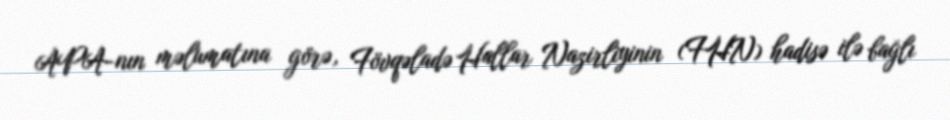
APA-nın məlumatına görə, Fövqəladə Hallar Nazirliyinin (FHN) hadisə ilə bağlı